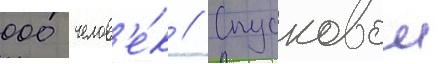
000 челов'е́к // Спусковои